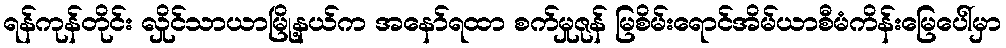
ရန်ကုန်တိုင်း လှိုင်သာယာမြို့နယ်က အနော်ရထာ စက်မှုဇုန် မြစိမ်းရောင်အိမ်ယာစီမံကိန်းမြေပေါ်မှာ